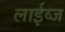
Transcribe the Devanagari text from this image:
लाईव्ज